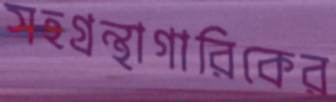
সহগ্রন্থাগারিকের